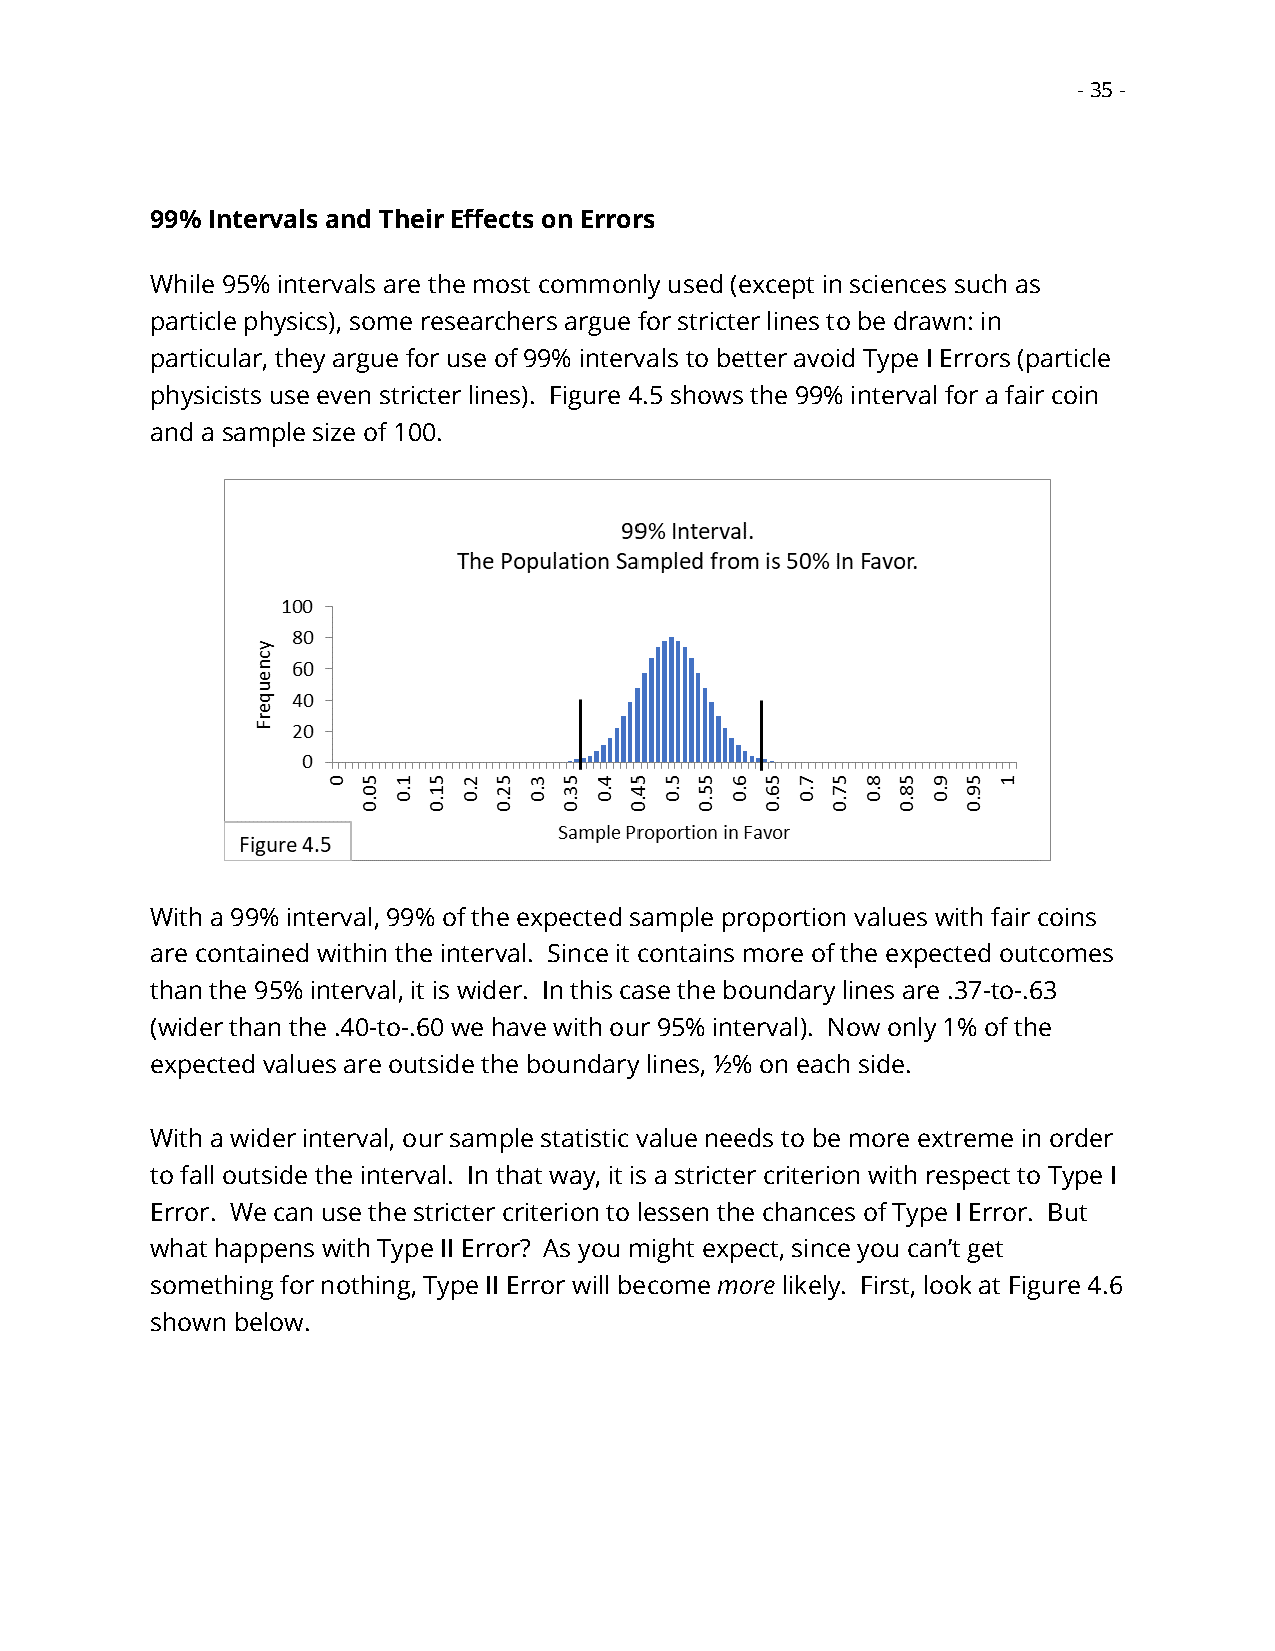
- 35 -
 99% Intervals and Their Effects on Errors
 While 95% intervals are the most commonly used (except in sciences such as
 particle physics), some researchers argue for stricter lines to be drawn: in
 particular, they argue for use of 99% intervals to better avoid Type I Errors (particle
 physicists use even stricter lines). Figure 4.5 shows the 99% interval for a fair coin
 and a sample size of 100.
 With a 99% interval, 99% of the expected sample proportion values with fair coins
 are contained within the interval. Since it contains more of the expected outcomes
 than the 95% interval, it is wider. In this case the boundary lines are .37-to-.63
 (wider than the .40-to-.60 we have with our 95% interval). Now only 1% of the
 expected values are outside the boundary lines, ½% on each side.
 With a wider interval, our sample statistic value needs to be more extreme in order
 to fall outside the interval. In that way, it is a stricter criterion with respect to Type I
 Error. We can use the stricter criterion to lessen the chances of Type I Error. But
 what happens with Type II Error? As you might expect, since you can’t get
 something for nothing, Type II Error will become more likely. First, look at Figure 4.6
 shown below.